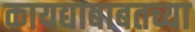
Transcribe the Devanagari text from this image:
कायद्याबाबतच्या